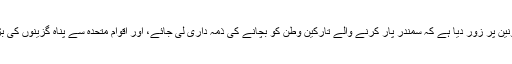
اٹلی کے وزیر اعظم، میٹیو رینزی نے یورپی یونین پر زور دیا ہے کہ سمندر پار کرنے والے تارکین وطن کو بچانے کی ذمہ داری لی جائے، اور اقوام متحدہ سے پناہ گزینوں کی بڑی تعداد کو روکنے کے لیے مدد طلب کی ہے۔